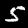
Digit: 5